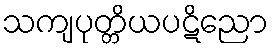
သကျပုတ္တိယပဋိညော